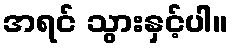
အရင် သွားနှင့်ပါ။